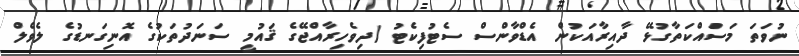
ނުވަތަ މަސައްކަތާގުޅޭ ދާއިރާއަކުން އެޑްވާންސް ސެޓުފިކެޓު (ދިވެހިރާއްޖޭގެ ޤައުމީ ސަނަދުތަކުގެ އޮނިގަނޑުގެ ލެވެލް